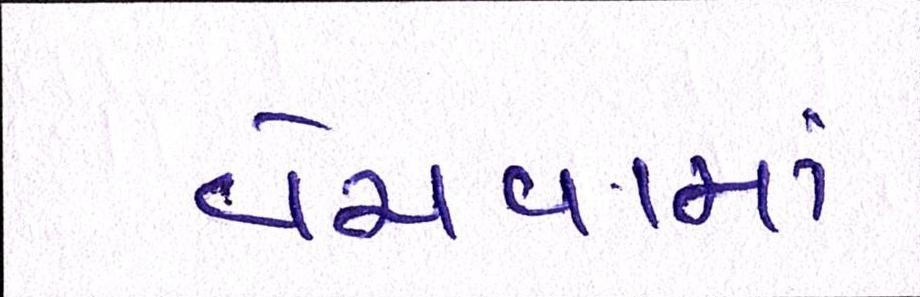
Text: વેચવામાં